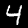
Label: 4